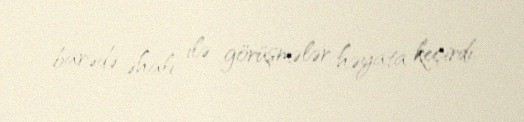
barədə əhali ilə görüşmələr həyata keçirdi.